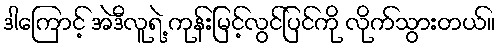
ဒါကြောင့် အဲဒီလူရဲ့ ကုန်းမြင့်လွင်ပြင်ကို လိုက်သွားတယ်။